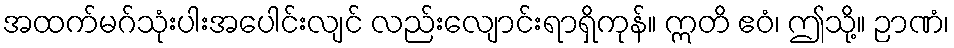
အထက်မဂ်သုံးပါးအပေါင်းလျင် လည်းလျောင်းရာရှိကုန်။ ဣတိ ဧဝံ၊ ဤသို့။ ဉာဏံ၊